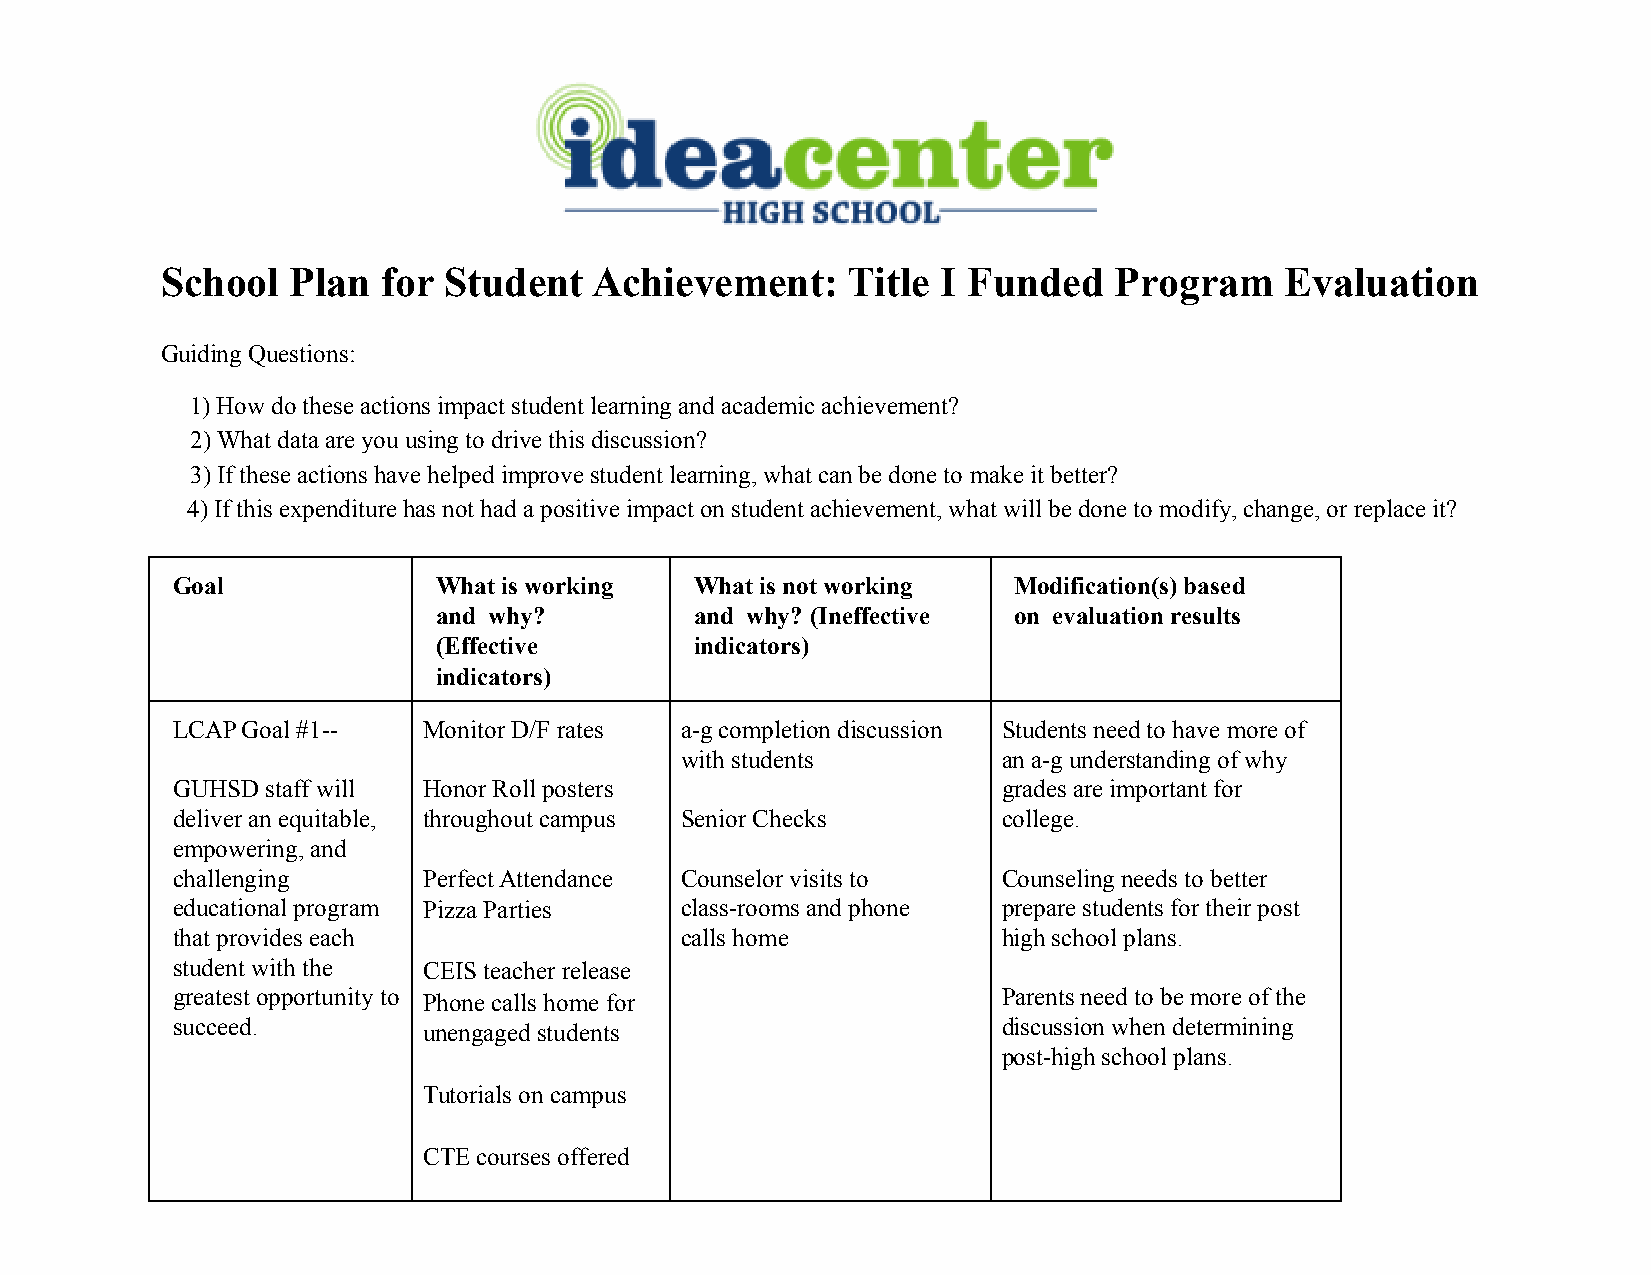
School  Plan  for Student   Achievement:     Title I Funded    Program    Evaluation
 Guiding Questions:
 1) How do these actions impact student learning and academic achievement?
 2) What data are you using to drive this discussion?
 3) If these actions have helped improve student learning, what can be done to make it better?
 4) If this expenditure has not had a positive impact on student achievement, what will be done to modify, change, or replace it?
 Goal              What is working  What is not working  Modification(s) based
 and why?         and why? (Ineffective on evaluation results
 (Effective       indicators)
 indicators)
 LCAP Goal #1--   Monitor D/F rates a-g completion discussion Students need to have more of
 with students        an a-g understanding of why
 GUHSD  staff will Honor Roll posters                   grades are important for
 deliver an equitable, throughout campus Senior Checks  college.
 empowering, and
 challenging      Perfect Attendance Counselor visits to Counseling needs to better
 educational program Pizza Parties class-rooms and phone prepare students for their post
 that provides each                calls home           high school plans.
 student with the CEIS teacher release
 greatest opportunity to Phone calls home for           Parents need to be more of the
 succeed.         unengaged students                    discussion when determining
 post-high school plans.
 Tutorials on campus
 CTE courses offered